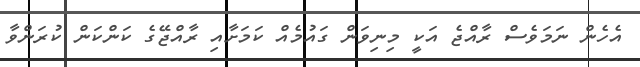
އެހެން ނަމަވެސް ރާއްޖެ އަކީ މިނިވަން ގައުމެއް ކަމަށާއި ރާއްޖޭގެ ކަންކަން ކުރަންވާ